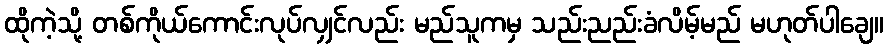
ထိုကဲ့သို့ တစ်ကိုယ်ကောင်းလုပ်လျှင်လည်း မည်သူကမှ သည်းညည်းခံလိမ့်မည် မဟုတ်ပါချေ။